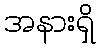
အနားရှိ